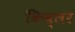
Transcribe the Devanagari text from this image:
किब्लर